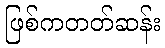
ဖြစ်ကတတ်ဆန်း